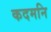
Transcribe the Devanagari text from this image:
कदमनि